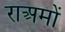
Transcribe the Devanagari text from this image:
राअमों